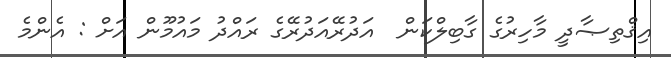
އިޤްތިޞާދީ މާހިރުގެ ގާބިލްކަން  އަދުރޭއަދުރޭގެ ރައްދު މައުމޫން އަށް : އެންމެ